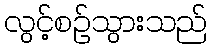
လွင့်စဉ်သွားသည်